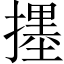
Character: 𱠳